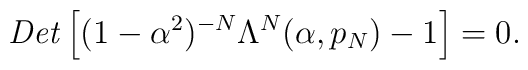
{\it Det} \left[ (1-\alpha^2)^{-N}\Lambda^N(\alpha,p_N)-1 \right]=0.